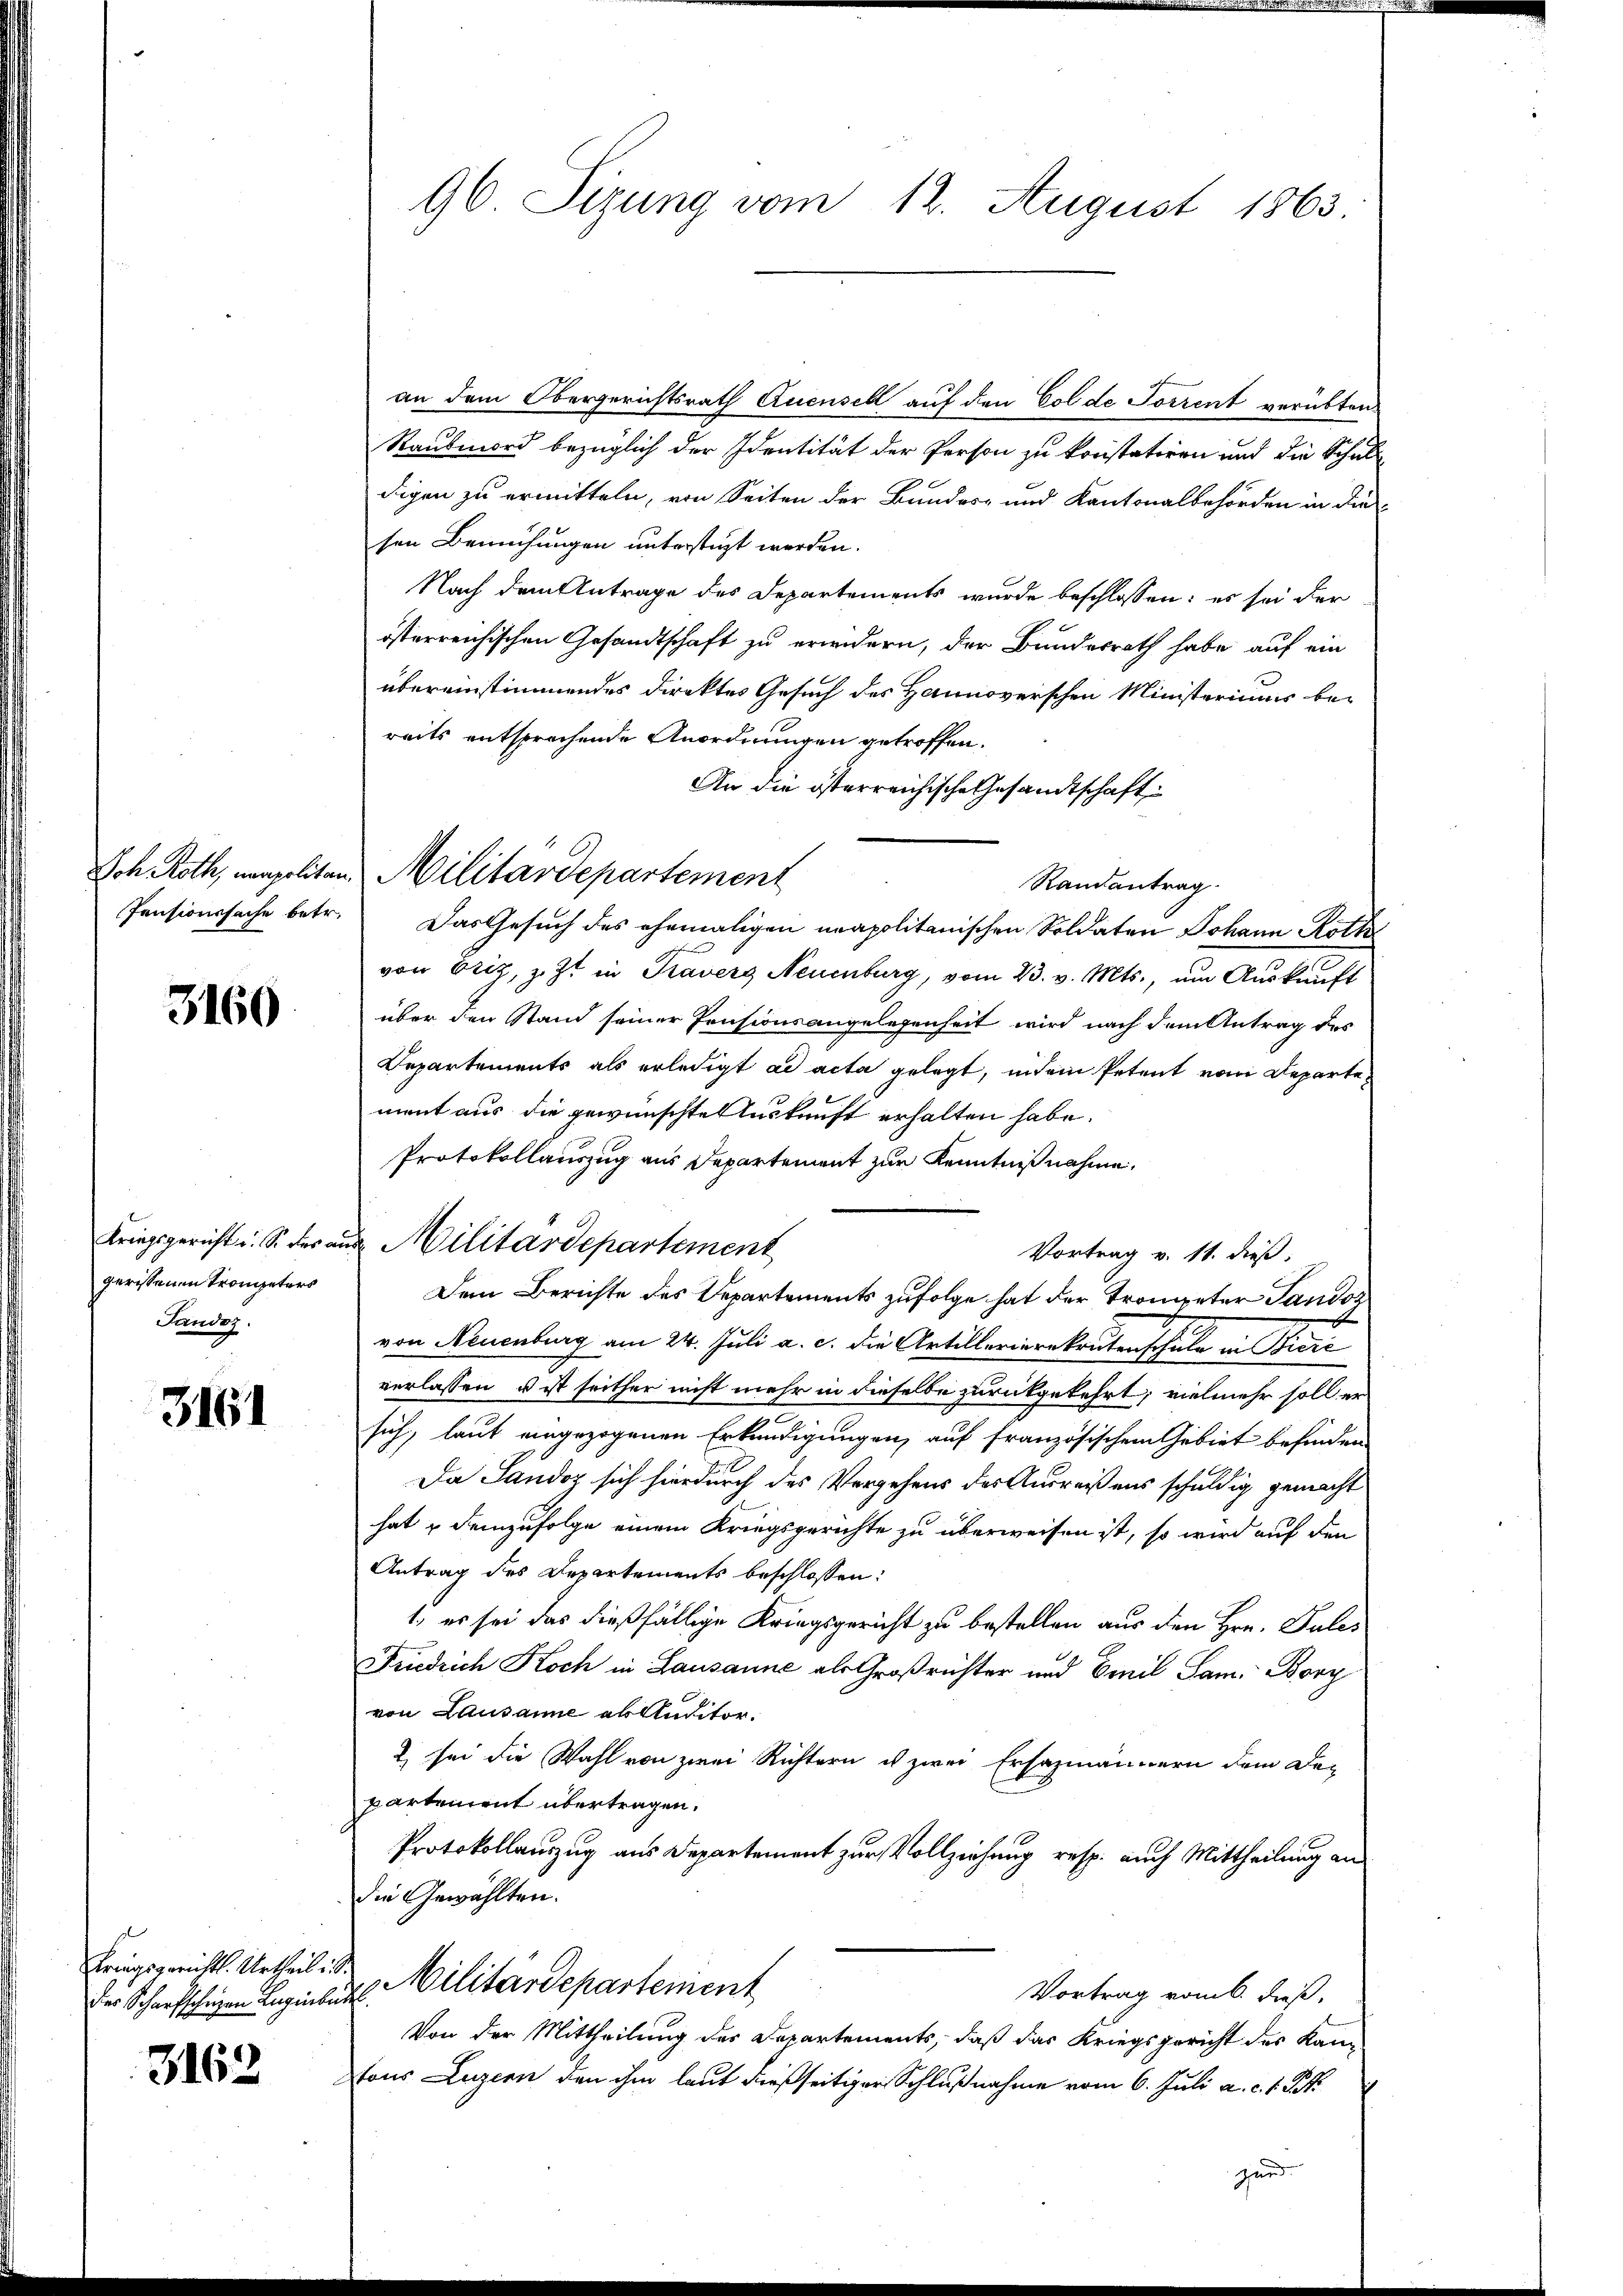
3160

gerissenen Trometers
Landes.

3161

Kriegsgerichts-Urtheil i
des Scharfschrigen Lugibe

3162

96 Sizung vom 12. August 1863.

an dem Obergerichtsrath Quensel auf den Colde Sorrent verübten¬
Raubmord bezüglich der Identität der Person zu konstatiren und die Schul
digen zu ermitteln, von Seiten der Bundes- und Kantonalbehörden in die
sen Bemühungen unterstüzt werden.
Nach dem Antrage des Departements wurde beschlossen: es sei der
österreichischen Gesandtschaft zu erindern, der Bundesrath habe auf ein
übereinstimmendes Direktes Gesuch des Hannoverschen Ministeriums bereits entsprechende Anordnungen getroffen.
An die österreichische Gesandtschaft
Randantrag.
Pensionssache betr. Das Gesuch des ehemaligen neapolitanischen Soldaten Johann Roth
von Eriz, z. Zt. in Kraverg Neuenburg, vom 23. v. Mts., um Auskunft
über den Stand seiner Pensionsangelegenheit wird nach dem Antrag des
Departements als erledigt ad acta gelegt, indem Petent vom Departement aus die gewünschten Auskunft erhalten habe.
Protokollauszug aus Departement zur Kenntnißnahme.
Vortrag v. 11. dieß:
Den Berichte des Departements zufolge hat der Trongeter Sandor
von Neuenburg am 24. Juli a. c. die Artillerierekrutenschule in Pirc
verlassen, u ist seither nicht mehr in dieselbe zurückgekehrt; vielmehr soll er
sich, laut eingezogenen Erkundigungen, auf französischem Gebiet befinden
Da Sandoz sich hierdurch des Vergehens des Ausreißens schuldig gemacht
hat & demzufolge einem Kriegsgerichte zu überweisen ist, so wird auf den
Antrag des Departements beschlossen:
1., es sei das dießfällige Kriegsgericht zu bestellen aus den Hrn. Pules
Friedrich Koch in Lausanne als Großrichter und Emil Sam. Bory
von Lausanne ab Auditor
2 sei die Wahl von zwei Richtern ist zwei Ersazmännern dem Departement übertragen.
Protokollauszug aus Departement zur Vollziehung resp. auch Mittheilung ans
die Gewählten.
1
2l Militärdepartement
Vortrag vom 6. dieß,
Von der Mittheilung des Departements, daß das Kriegsgericht des Kanfons Luzern den ihm laut dießseitiger Schlußnahme vom 6. Juli a. c. 1. Rek

Joh Roth, neapoliten Militärdepartement

Kriegsgericht u. S. der aus Militärdepartement

3

2